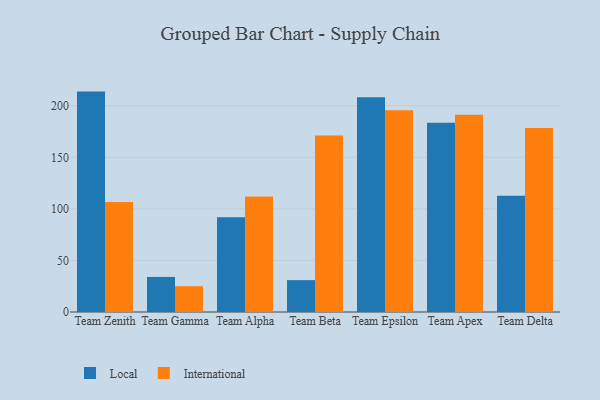
{"axis": {"x": "Team", "y": "LTV (USD)"}, "legend": ["International", "Local"], "data": [{"x": "Team Zenith", "y": 213.7, "type": "Local"}, {"x": "Team Zenith", "y": 106.6, "type": "International"}, {"x": "Team Gamma", "y": 34.0, "type": "Local"}, {"x": "Team Gamma", "y": 25.0, "type": "International"}, {"x": "Team Alpha", "y": 91.9, "type": "Local"}, {"x": "Team Alpha", "y": 112.0, "type": "International"}, {"x": "Team Beta", "y": 30.9, "type": "Local"}, {"x": "Team Beta", "y": 171.2, "type": "International"}, {"x": "Team Epsilon", "y": 208.2, "type": "Local"}, {"x": "Team Epsilon", "y": 195.7, "type": "International"}, {"x": "Team Apex", "y": 183.6, "type": "Local"}, {"x": "Team Apex", "y": 191.3, "type": "International"}, {"x": "Team Delta", "y": 112.7, "type": "Local"}, {"x": "Team Delta", "y": 178.3, "type": "International"}]}